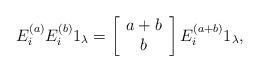
LaTeX: \begin{align*} E_i^{(a)}E_i^{(b)}1_\lambda=\left[ \begin{array}{c}a+b\\b\end{array}\right]E_i^{(a+b)}1_\lambda,\end{align*}